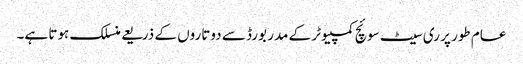
عام طور پر ری سیٹ سوئچ کمپیوٹر کے مدر بورڈ سے دوتاروں کے ذریعے منسلک ہوتا ہے۔